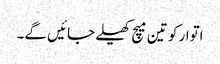
اتوار کو تین میچ کھیلے جائیں گے۔